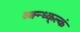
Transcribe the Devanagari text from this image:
व्क्न्ध्क्ल्कं